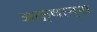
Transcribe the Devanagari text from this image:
अक्षान्श